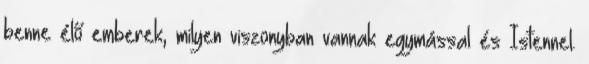
benne élő emberek, milyen viszonyban vannak egymással és Istennel.